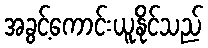
အခွင့်ကောင်းယူနိုင်သည်